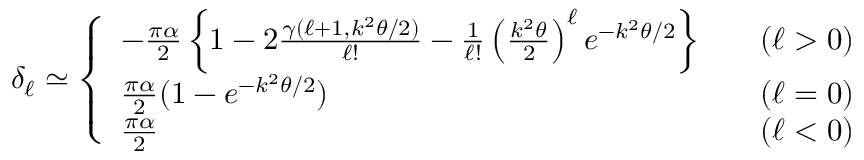
\delta _ { \ell } \simeq \left\{ \begin{array} { l l } { { - \frac { \pi \alpha } { 2 } \left\{ 1 - 2 \frac { \gamma ( \ell + 1 , k ^ { 2 } \theta / 2 ) } { \ell ! } - \frac { 1 } { \ell ! } \left( \frac { k ^ { 2 } \theta } { 2 } \right) ^ { \ell } e ^ { - k ^ { 2 } \theta / 2 } \right\} } } & { { \quad ( \ell > 0 ) } } \\ { { \frac { \pi \alpha } { 2 } ( 1 - e ^ { - k ^ { 2 } \theta / 2 } ) } } & { { \quad ( \ell = 0 ) } } \\ { { \frac { \pi \alpha } { 2 } } } & { { \quad ( \ell < 0 ) } } \end{array} \right.